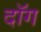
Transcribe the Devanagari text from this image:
दॉग